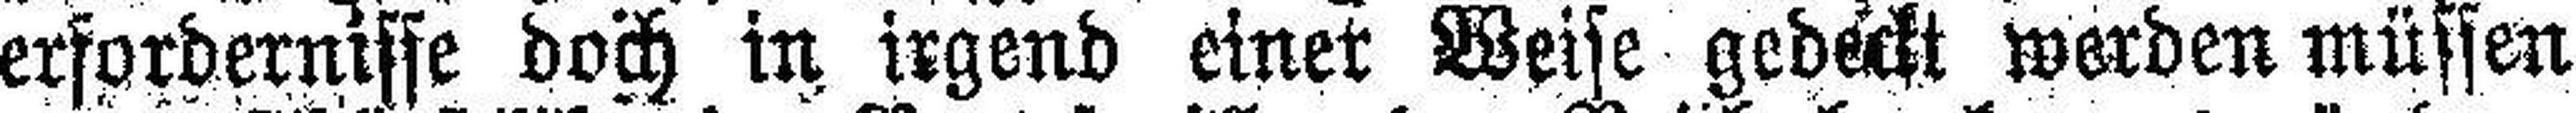
erfordernisse doch in irgend einer Weise gedeckt werden müssen